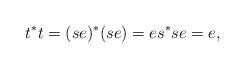
LaTeX: \begin{align*}t^*t = (se)^*(se) = es^*se = e,\end{align*}